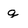
Character: g